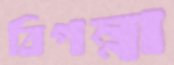
বিপন্না